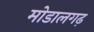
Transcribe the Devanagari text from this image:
मोडालगढ़